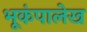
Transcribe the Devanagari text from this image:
भूकंपालेख